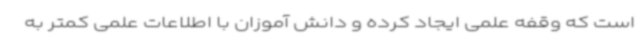
است که وقفه علمی ایجاد کرده و دانش آموزان با اطلاعات علمی کمتر به